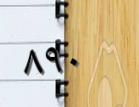
٨٩٠